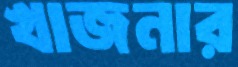
খাজনার